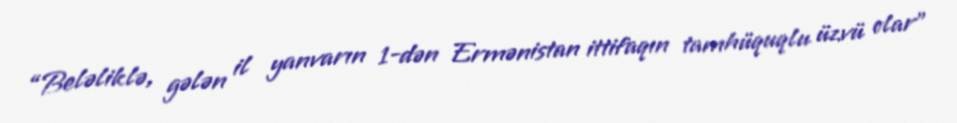
“Beləliklə, gələn il yanvarın 1-dən Ermənistan ittifaqın tamhüquqlu üzvü olar”